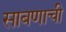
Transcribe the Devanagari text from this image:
साबणाची